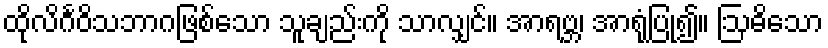
ထိုလိင်္ဂဝိသဘာဂဖြစ်သော သူချည်းကို သာလျှင်။ အာရဗ္ဘ၊ အာရုံပြု၍။ ဩဓိသော